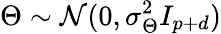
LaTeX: \Theta\sim\mathcal{N}(0,\sigma_{\Theta}^{2}I_{p+d})